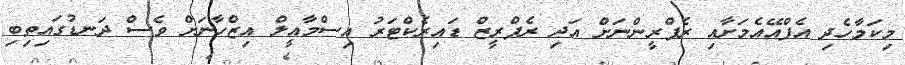
މިކަމާހެދި އެފްއޭއެމަށާއި ރެފްރީންނަށް އަދި ރެފްރީޒް ޑައިރެކްޓަރު އިސްމާއީލް އިޒްހާނަށް ވެސް ދަނޑުގައިތިބި